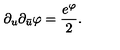
\partial _ { u } \partial _ { \bar { u } } \varphi = { \frac { e ^ { \varphi } } { 2 } } .